Source: Handwritten
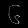
Digit: ၆ (6)